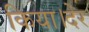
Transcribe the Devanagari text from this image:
किया।देर